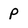
Character: p